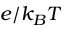
e / k _ { B } T